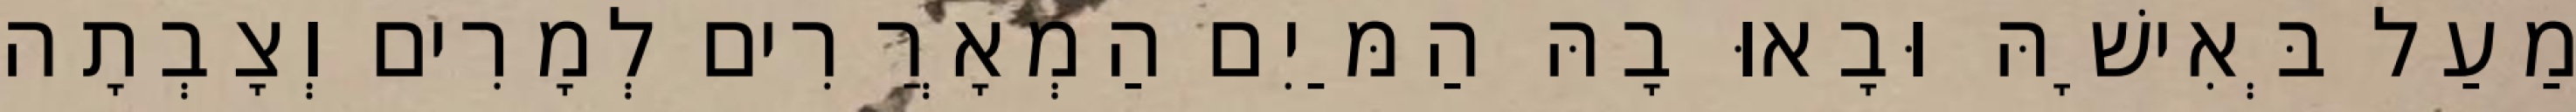
מַעַל בְּאִישָׁהּ וּבָאוּ בָהּ הַמַּיִם הַמְאָרֲרִים לְמָרִים וְצָבְתָה